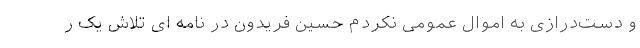
و دست‌درازی به اموال عمومی نکردم حسین فریدون در نامه ای تلاش یک ر